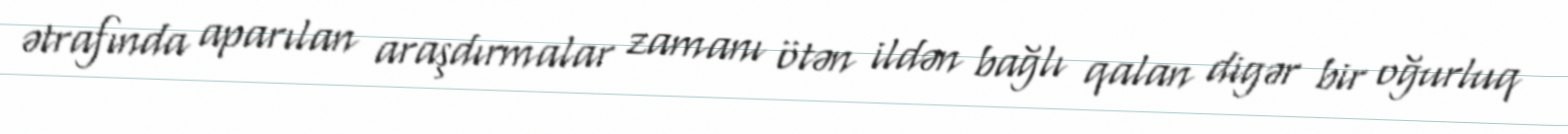
ətrafında aparılan araşdırmalar zamanı ötən ildən bağlı qalan digər bir oğurluq